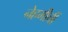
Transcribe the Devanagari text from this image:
नेहमीचीं